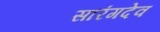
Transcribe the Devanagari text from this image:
सारंगदेव